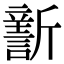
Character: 𣃎